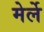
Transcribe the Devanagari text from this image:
मेर्ले